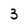
Character: 3